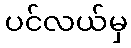
ပင်လယ်မှ